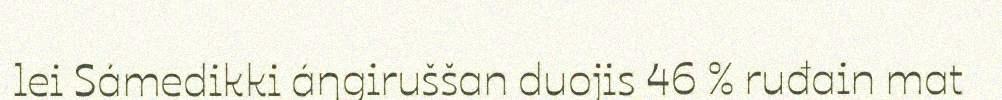
lei Sámedikki áŋgiruššan duojis 46 % ruđain mat